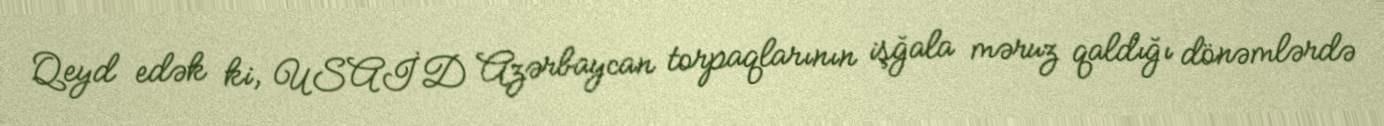
Qeyd edək ki, USAİD Azərbaycan torpaqlarının işğala məruz qaldığı dönəmlərdə